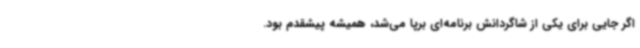
اگر جایی برای یکی از شاگردانش برنامه‌ای برپا می‌شد، همیشه پیشقدم بود.